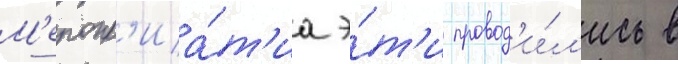
М'еропр'иа́т'иа э́т'и провод'и́л'ись в